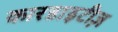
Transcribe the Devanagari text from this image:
कारडाइटीज़